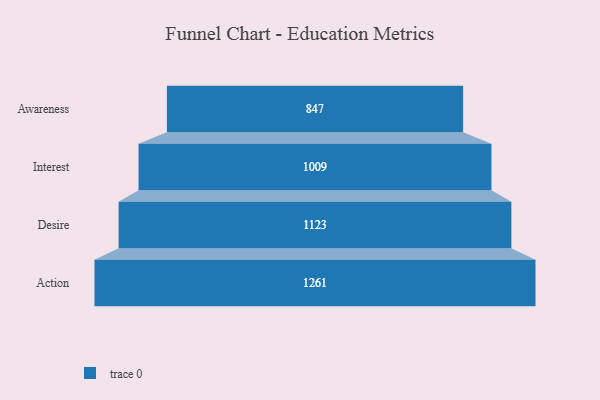
{"axis": {"x": "Stage", "y": "Value"}, "legend": [""], "data": [{"x": "Awareness", "y": 847.0, "type": ""}, {"x": "Interest", "y": 1009.0, "type": ""}, {"x": "Desire", "y": 1123.0, "type": ""}, {"x": "Action", "y": 1261.0, "type": ""}]}